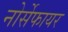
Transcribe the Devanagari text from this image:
नोर्सेफायर